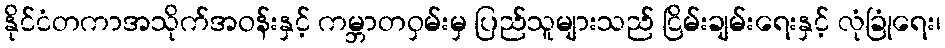
နိုင်ငံတကာအသိုက်အဝန်းနှင့် ကမ္ဘာတဝှမ်းမှ ပြည်သူများသည် ငြိမ်းချမ်းရေးနှင့် လုံခြုံရေး၊